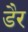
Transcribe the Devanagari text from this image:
डैर